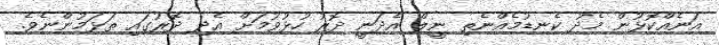
އަނެއްކޮޅުން މެދު ކެނޑުމެއްނެތި ނީލް އެދަނީ ދޮރު ހުޅުވުމަށް އެދި ދޮރުގައި ތަޅަމުންނެވެ.